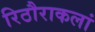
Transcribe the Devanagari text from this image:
रिठौराकलां